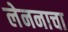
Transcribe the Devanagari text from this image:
लेननाचा